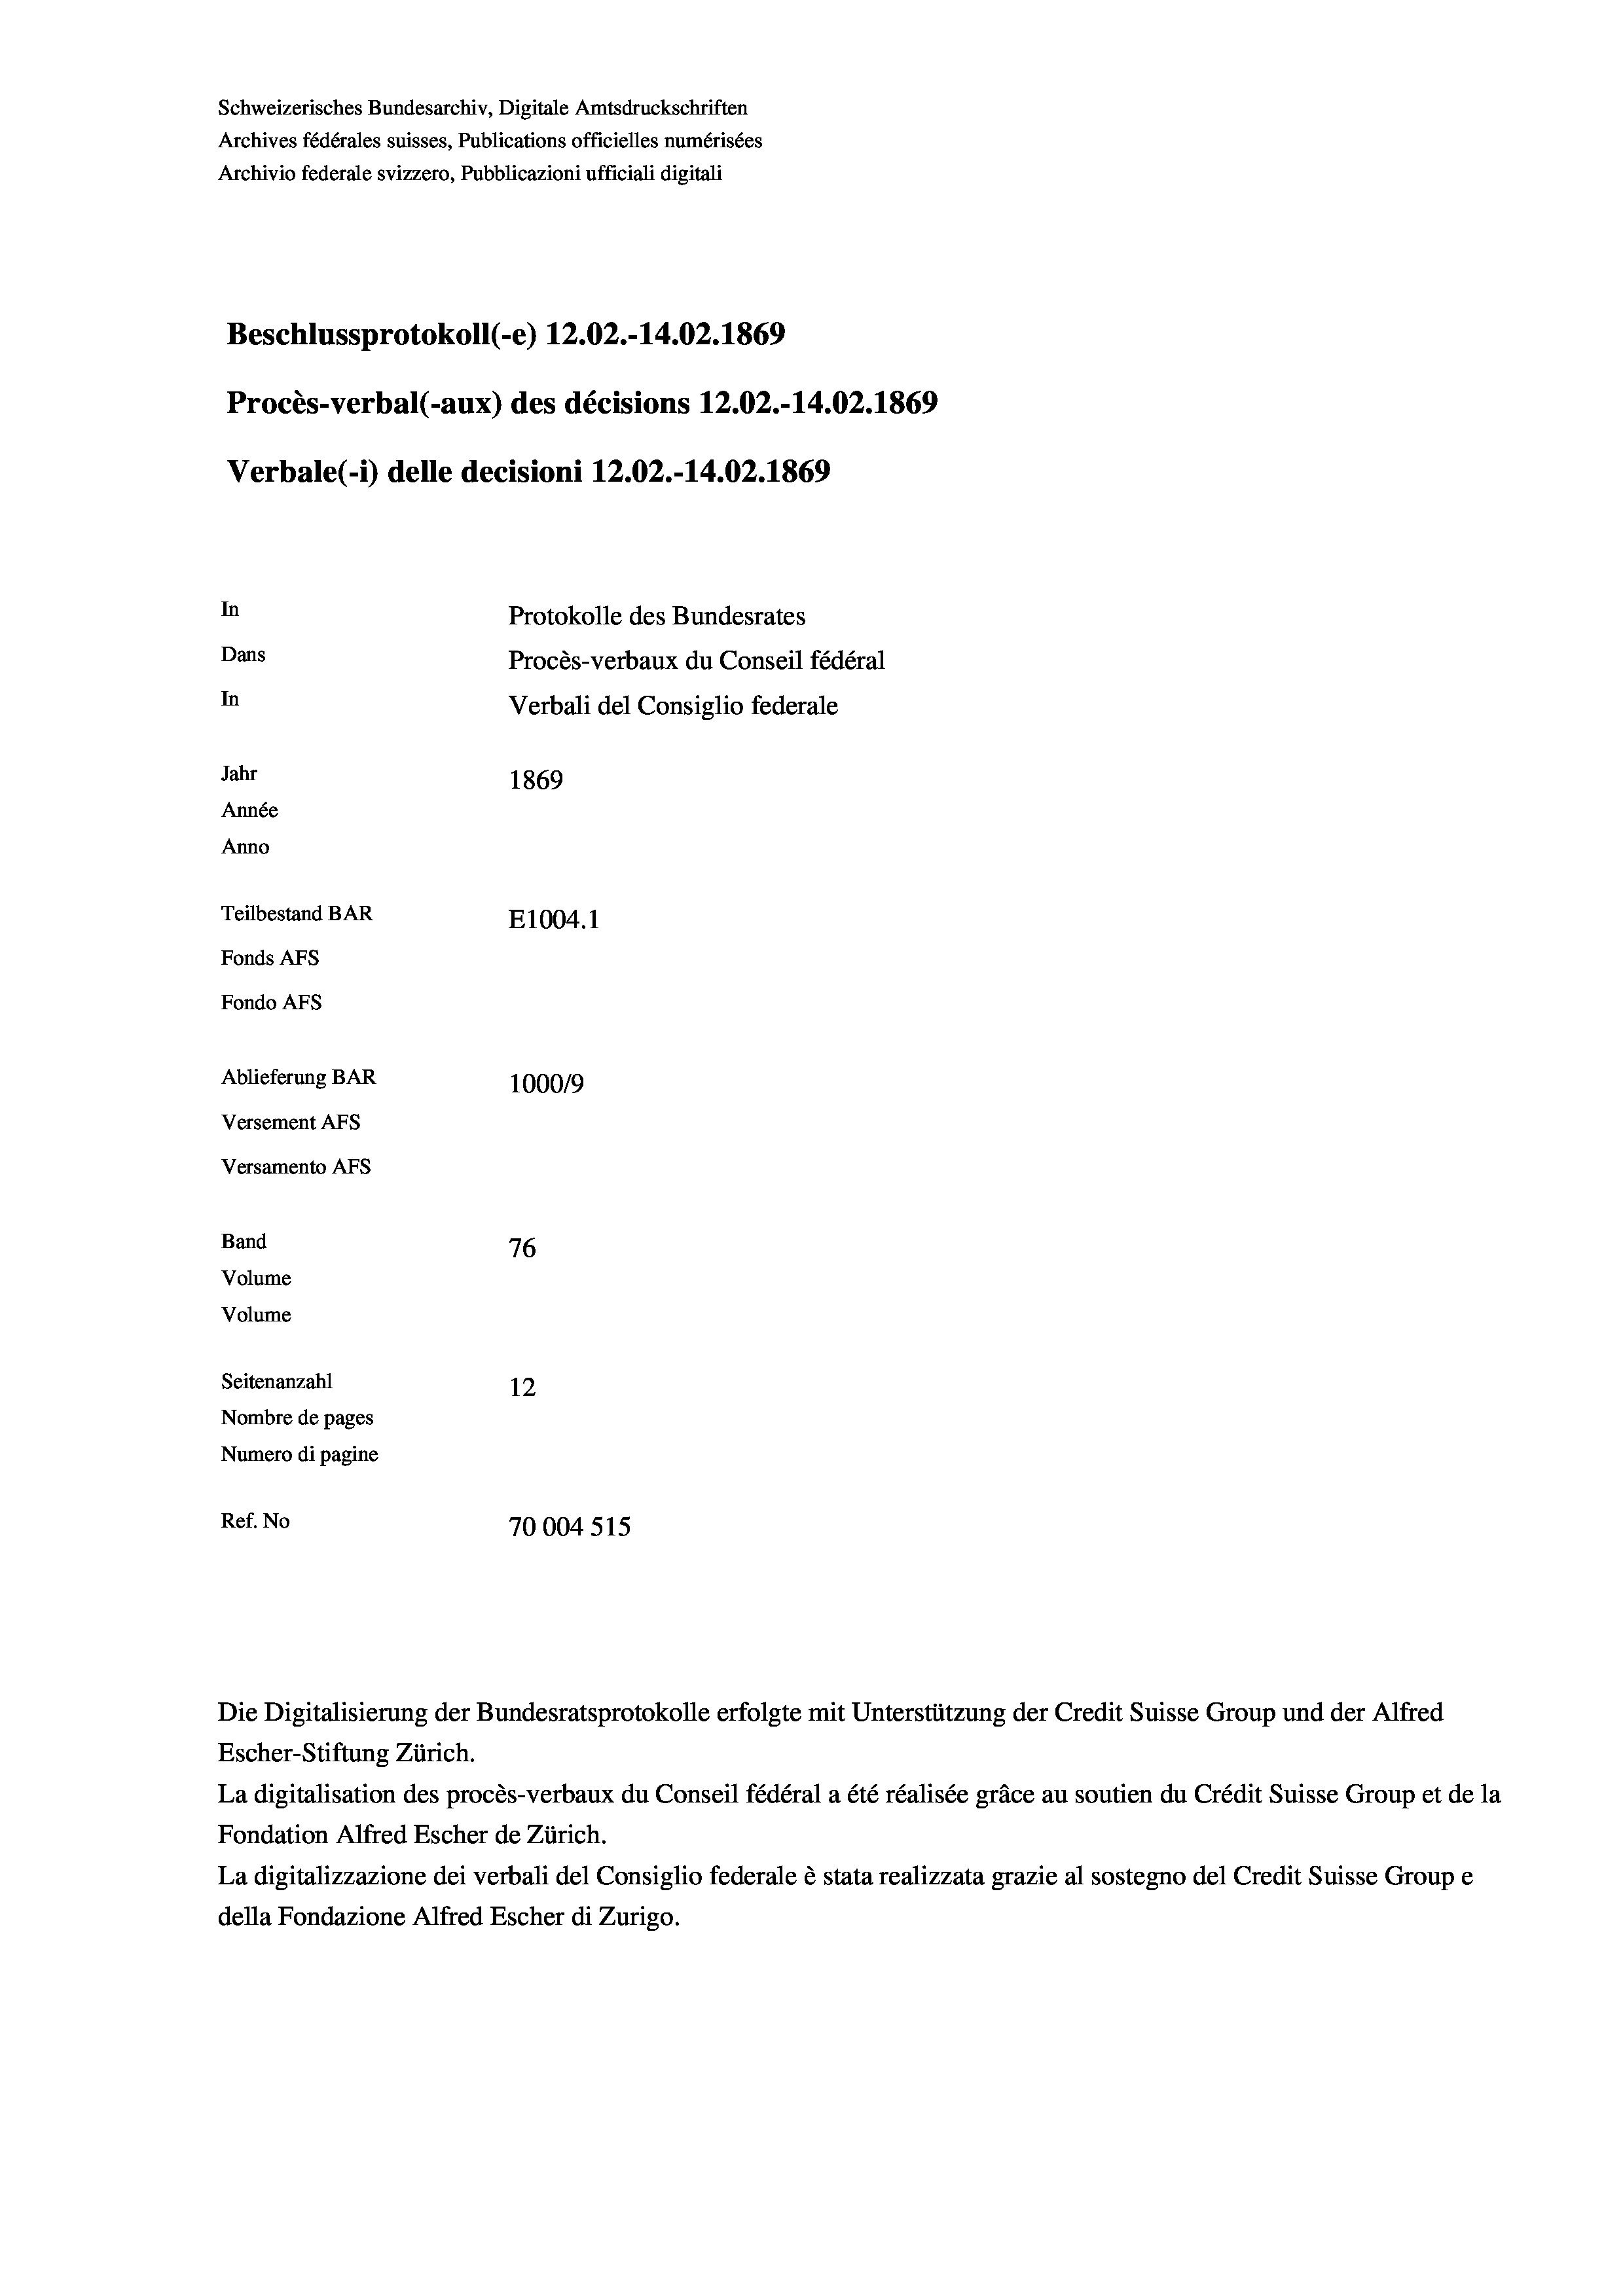
Schweizerisches Bundesarchiv, Digitale Amtsdruckschriften
Archives fédérales suisses, Publications officielles numérisées
Archivio federale svizzero, Pubblicazioni ufficiali digitali
Beschlussprotokoll (-e) 12.02.-14.02. 1869
Procès-verbal (-aux) des décisions 12.02.-14.02. 1869
Verbale(-*) delle decisioni 12.02.-14.02. 1869
In
Protokolle des Bundesrates
Dans
Procès-verbaux du Conseil fédéral
In
Verbali del Consiglio federale
Jahr
1869
Année
Anno
Teilbestand BAR
E1004.1
Fonds AFs
Fondo AFS
Ablieferung BAR
100019
Versement As
Versamento AFs

76
Seitenanzahl
12
Nombre de pages
Numero di pagine
Ref. No
70004 515

Band
Volume
Volume

Escher-Stiftung Zürich.
La digitalisation des procès-verbaux du Conseil fédéral a été réalisée gräce au soutien du Crédit Suisse Group et de la
Fondation Alfred Escher de Zürich.
La digitalizzazione dei verbali del Consiglio federale è stata realizzata grazie al sostegno del Credit Suisse Groupe
della Fondazione Alfred Escher di Zurigo.

Die Digitalisierung der Bundesratsprotokolle erfolgte mit Unterstützung der Credit Suisse Group und der Alfred